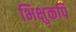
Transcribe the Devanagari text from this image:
भिक्षुकपि